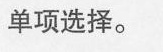
单项选择。